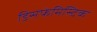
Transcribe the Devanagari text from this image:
डिसफेमिस्टिक